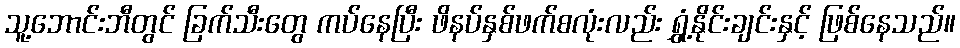
သူ့ဘောင်းဘီတွင် ခြက်သီးတွေ ကပ်နေပြီး ဖိနပ်နှစ်ဖက်စလုံးလည်း ရွှံ့နိုင်းချင်းနှင့် ဖြစ်နေသည်။